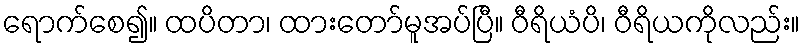
ရောက်စေ၍။ ထပိတာ၊ ထားတော်မူအပ်ပြီ။ ဝီရိယံပိ၊ ဝီရိယကိုလည်း။